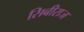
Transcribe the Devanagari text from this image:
सिबीराज